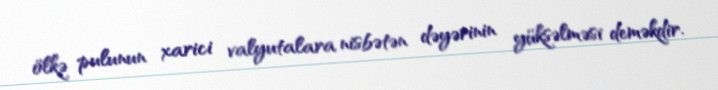
ölkə pulunun xarici valyutalara nisbətən dəyərinin yüksəlməsi deməkdir.